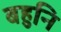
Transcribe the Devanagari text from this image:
बहुनि